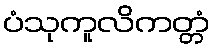
ပံသုကူလိကတ္တံ